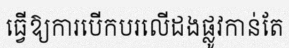
ធ្វើឱ្យការបើកបរលើដងផ្លូវកាន់តែ